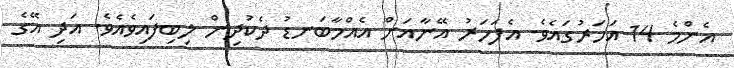
އެންމެ 14 އަހަރުގައެވެ. އެފަހަރު އޭނާއަށް އެއްމާބަނޑު ދެކުދިން ލިބިފައިވެއެވެ. އަދި އޭގެ